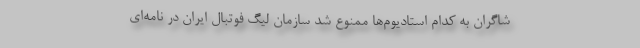
شاگران به کدام استادیوم‌ها ممنوع شد سازمان لیگ فوتبال ایران در نامه‌ای